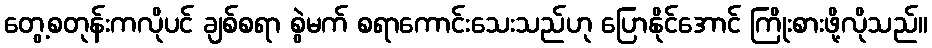
တွေ့စတုန်းကလိုပင် ချစ်စရာ စွဲမက် စရာကောင်းသေးသည်ဟု ပြောနိုင်အောင် ကြိုးစားဖို့လိုသည်။